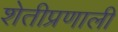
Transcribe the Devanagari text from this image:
शेतीप्रणाली